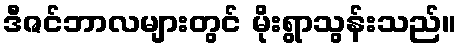
ဒီဇင်ဘာလများတွင် မိုးရွာသွန်းသည်။